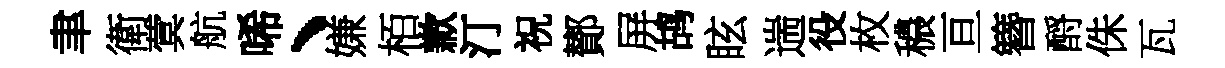
聿衛蓂航唏、嫌栢歉汀祝鄼屏鸪眩遄役枚穠亘簪酹侏瓦